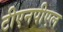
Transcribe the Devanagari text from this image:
टीएनपीएल